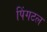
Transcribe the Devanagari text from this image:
पिंगटल